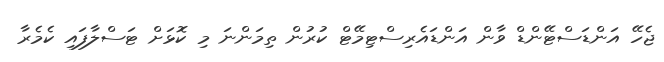
ޖެހޭ އަންޑަސްޓޭންޑް ވާން އަންޑައެރިސްޓިމޭޓް ކުރުން ތިމަންނަ މި ކޮޅަށް ޓަސްލާފައި ކެމެރާ